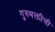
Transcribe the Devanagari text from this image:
गुरुभक्तीची